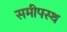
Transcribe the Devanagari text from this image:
समीपस्‍थ